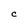
Character: C